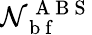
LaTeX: \mathcal{N}_{\mathrm{{~b~f~}}}^{\mathrm{{~A~B~S~}}}